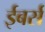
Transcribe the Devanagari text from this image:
ईबर्स